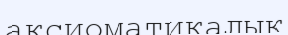
аксиоматикалық